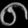
Digit: ၈